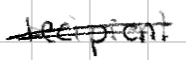
Text: recipient
Cross-out: mix
Writing tool: digital_black